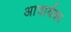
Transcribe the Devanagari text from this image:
अाचार्यका